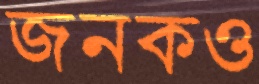
জনকও